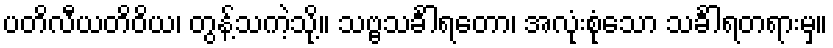
ပတိလီယတိဝိယ၊ တွန့်သကဲ့သို့။ သဗ္ဗသင်္ခါရတော၊ အလုံးစုံသော သင်္ခါရတရားမှ။